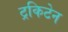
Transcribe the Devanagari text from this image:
ट्रकिटेन